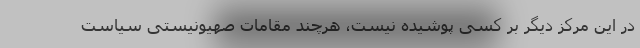
در این مرکز دیگر بر کسی پوشیده نیست، هرچند مقامات صهیونیستی سیاست